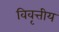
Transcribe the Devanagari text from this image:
विवृत्तीय